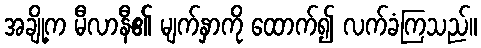
အချို့က မီလာနီ၏ မျက်နှာကို ထောက်၍ လက်ခံကြသည်။